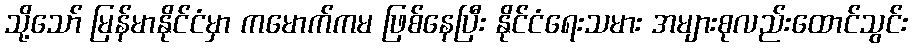
သို့သော် မြန်မာနိုင်ငံမှာ ကမောက်ကမ ဖြစ်နေပြီး နိုင်ငံရေးသမား အများစုလည်းထောင်သွင်း